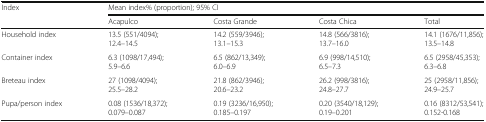
| <ROWSPAN=2> Index | <COLSPAN=4> Mean index% (proportion); 95% CI |
 | Acapulco | Costa Grande | Costa Chica | Total |
 | --- | --- | --- | --- | --- |
 | Household index | 13.5 (551/4094);12.4–14.5 | 14.2 (559/3946);13.1–15.3 | 14.8 (566/3816);13.7–16.0 | 14.1 (1676/11,856);13.5–14.8 |
 | Container index | 6.3 (1098/17,494);5.9–6.6 | 6.5 (862/13,349);6.0–6.9 | 6.9 (998/14,510);6.5–7.3 | 6.5 (2958/45,353);6.3–6.8 |
 | Breteau index | 27 (1098/4094);25.5–28.2 | 21.8 (862/3946);20.6–23.2 | 26.2 (998/3816);24.8–27.7 | 25 (2958/11,856);24.9–25.7 |
 | Pupa/person index | 0.08 (1536/18,372);0.079–0.087 | 0.19 (3236/16,950);0.185–0.197 | 0.20 (3540/18,129);0.19–0.201 | 0.16 (8312/53,541);0.152-0.168 |